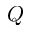
Q